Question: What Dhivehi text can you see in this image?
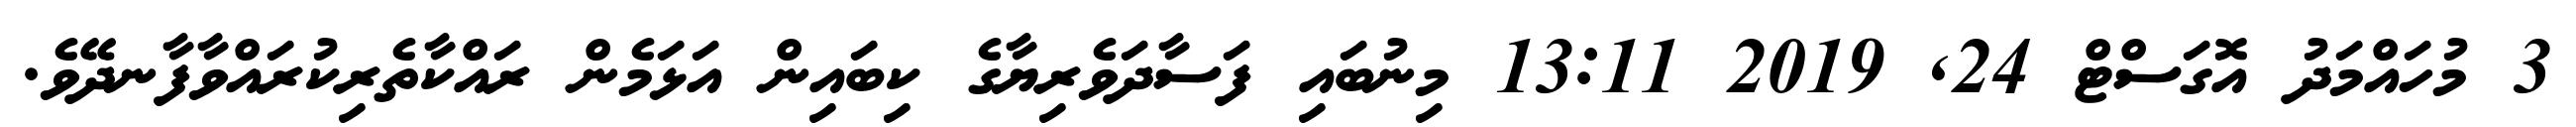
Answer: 3 މުހައްމަދު އޮގަސްޓް 24, 2019 13:11 މިނުބައި ފަސާދަވެރިޔާގެ ކިބައިން އަޅަމެން ރައްކާތެރިކުރައްވާފާނދޭވެ.